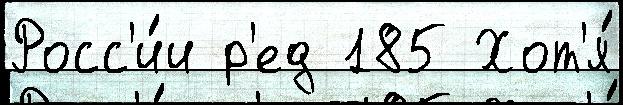
Росс'и́и р'ед 185 Хот'я́